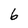
Character: 6